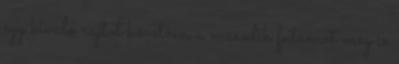
egy kiváló rajtot követően a második futamot meg is